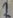
Text: 2